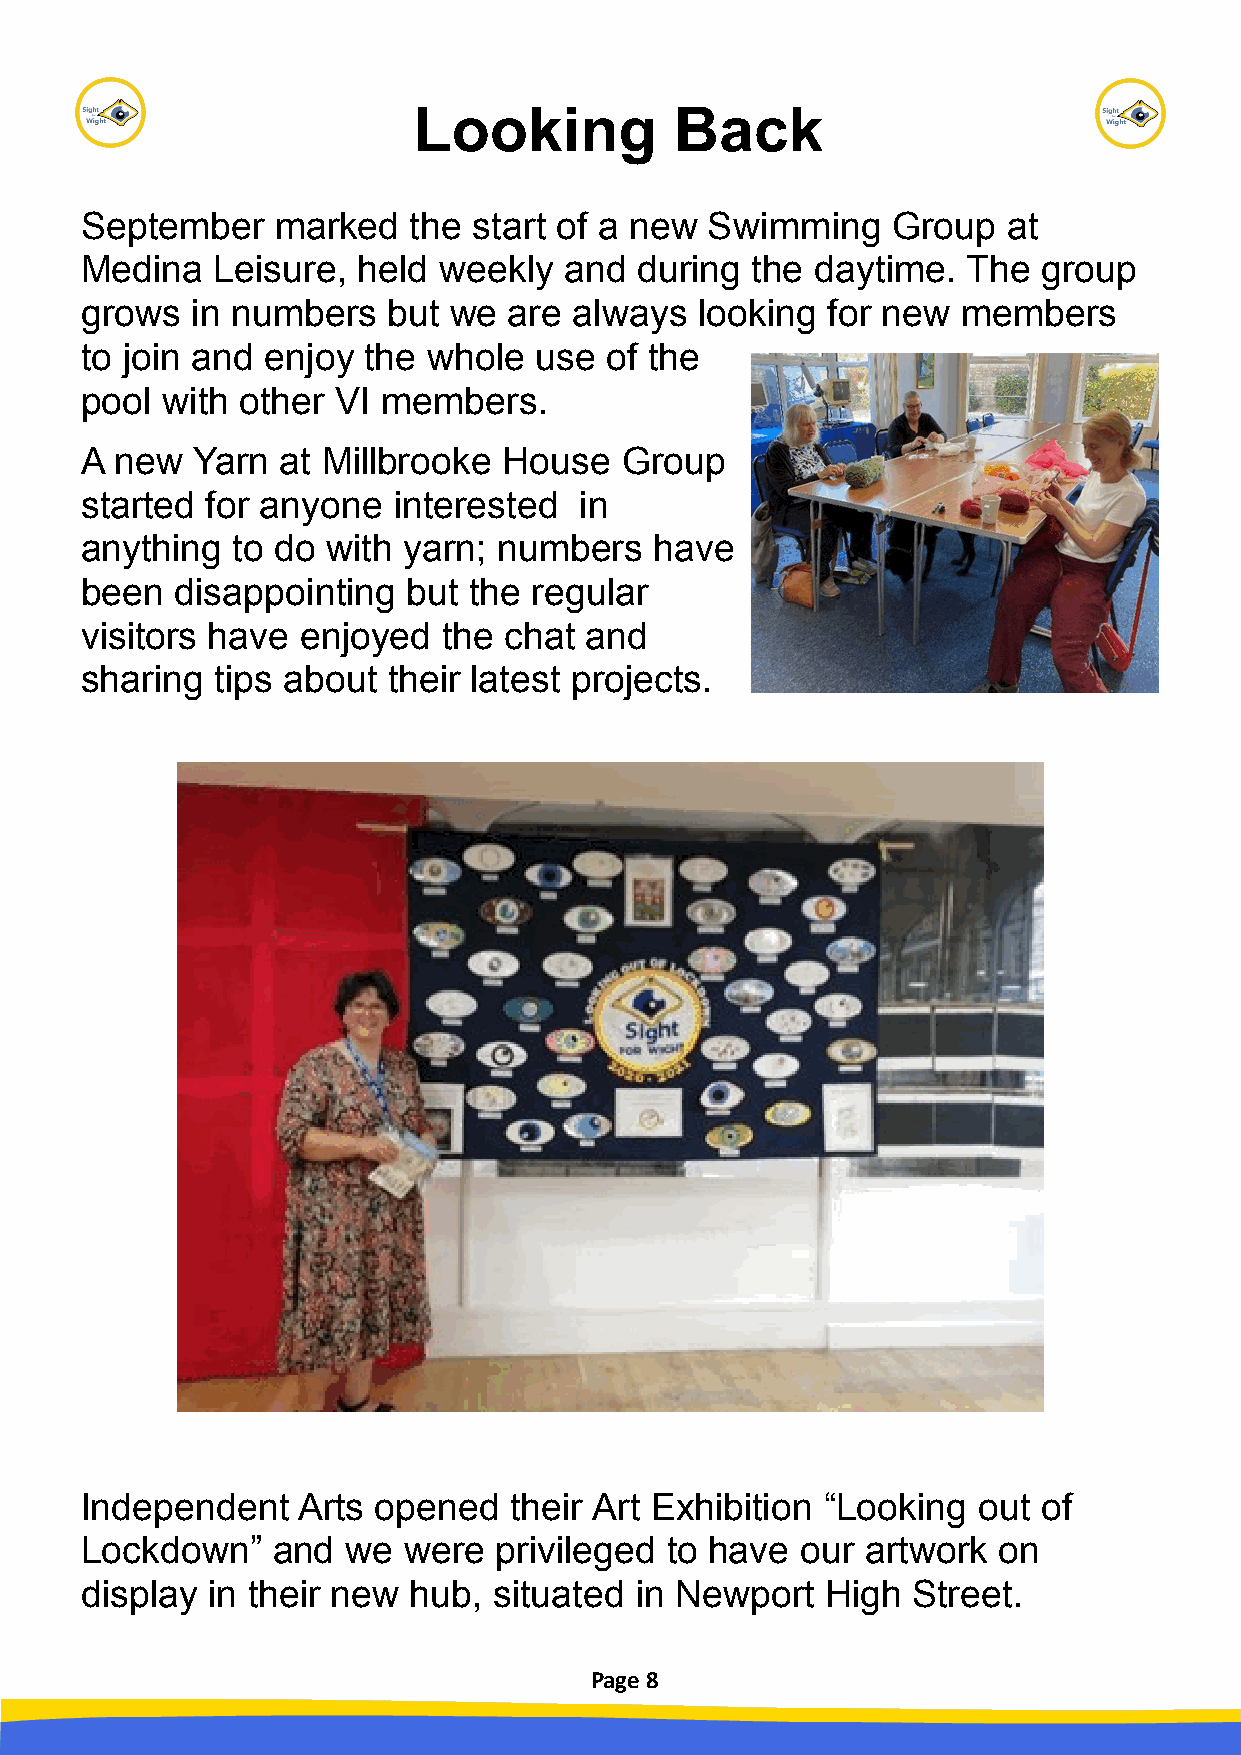
Looking           Back
 September    marked   the start of a new  Swimming    Group   at
 Medina   Leisure,  held weekly  and  during  the daytime.  The  group
 grows   in numbers   but we  are always  looking  for new  members
 to join and enjoy  the whole  use  of the
 pool  with other VI members.
 A  new  Yarn at Millbrooke  House   Group
 started  for anyone  interested  in
 anything  to do  with yarn; numbers   have
 been   disappointing  but the regular
 visitors have  enjoyed  the chat  and
 sharing  tips about  their latest projects.
 Independent    Arts opened   their Art Exhibition “Looking  out of
 Lockdown”    and  we  were  privileged to have  our artwork  on
 display  in their new hub,  situated in Newport   High Street.
 Page 8